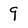
Character: 9